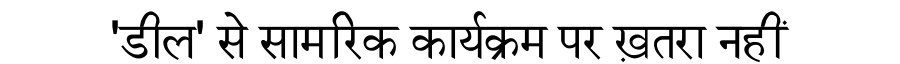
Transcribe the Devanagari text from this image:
'डील' से सामरिक कार्यक्रम पर ख़तरा नहीं